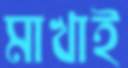
মাখাই